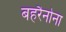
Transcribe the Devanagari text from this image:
बहरैनोना